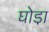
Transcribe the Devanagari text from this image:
घोडा़